Civil Veterinary Department Bihar reports 1940-50 - 1940-1950
Year: 1940
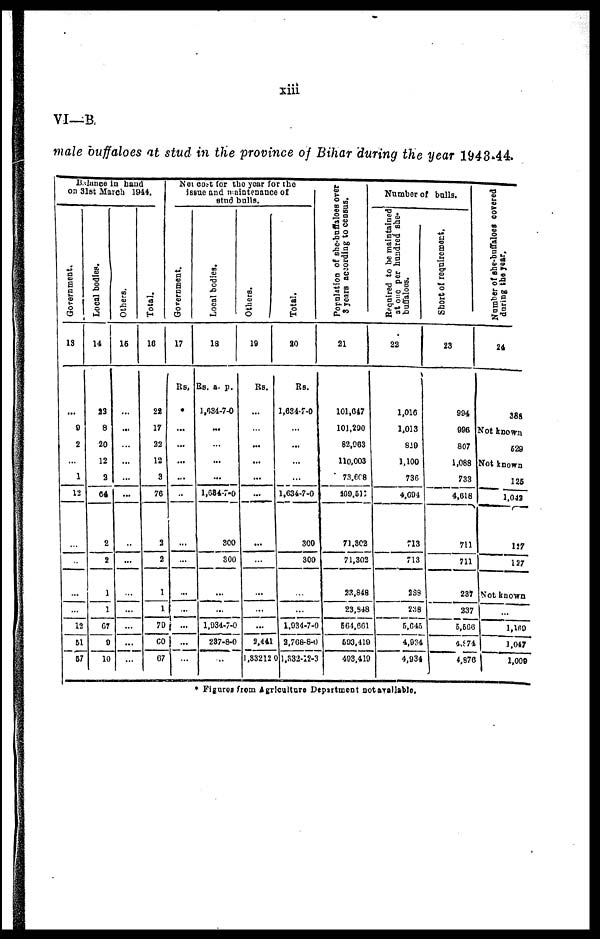
xiii
VI—B
male buffaloes at stud in the province of Bihar during the year 1943-44.
Balance in hand
on 31st March 1944.
Government.
13
...
9
2
...
1
12
...
...
...
...
12
51
57
Local bodies.
14
22
8
20
12
2
64
2
2
1
1
67
9
10
Others.
15
...
...
...
...
...
...
...
...
...
...
...
...
...
Total.
16
22
17
22
12
3
76
2
2
1
1
70
60
67
Net cost for the year for the
issue and maintenance of
stud bulls.
Government.
17
Rs.
*
...
...
...
...
..
...
...
...
...
...
...
...
Local bodies.
18
Rs.
1,034
...
...
...
...
1,684
...
...
1,934
237
...
a.
7
7
7
8
p.
0
0
300
300
0
0
Others.
19
Rs.
...
...
...
...
...
...
...
...
...
...
...
2,441
1,33212
Total.
20
Rs.
1,634-7-0
...
...
...
...
1,634-7-0
300
300
...
...
1,934-7-0
2,768-8-0
1,332-12-3
Population of she-buffaloes over
3 years according to census.
21
101,647
101,290
82,063
110,003
73,608
109,512
71,302
71,302
23,848
23,848
564,661
593,419
493,419
Number of bulls.
Required
to be maintained
at one per hundred she-
buffaloes.
22
1,016
1,013
819
1,100
736
4,694
713
713
288
238
5,645
4,934
4,934
Short of requirement.
23
994
996
807
1,088
733
4,618
711
711
237
237
5,566
4,874
4,876
Number of she-buffaloes covered
during the year,
24
388
Not known
529
Not known
125
1,042
127
127
Not known
...
1,169
1,047
1,009
* Figures from Agriculture Department not available.